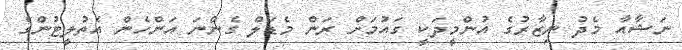
ނަޝާއާ މެދު ނިޒާރުގެ އުންމީދަކީ ގައުމަށް ރަން މެޑަލް ގެންނަ އަންހެން އެތުލީޓުންގެ